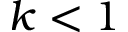
k < 1